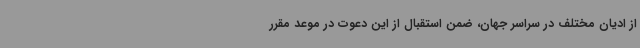
از ادیان مختلف در سراسر جهان، ضمن استقبال از این دعوت در موعد مقرر